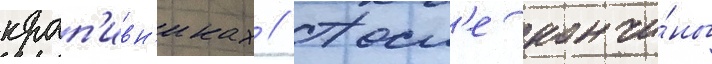
крап'ивн'иках // Посл'е кончи́ны